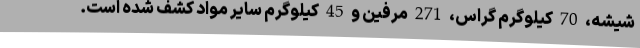
شیشه، 70 کیلوگرم گراس، 271 مرفین و 45 کیلوگرم سایر مواد کشف شده است.